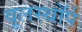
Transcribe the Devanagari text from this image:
वूलस्थॉर्प